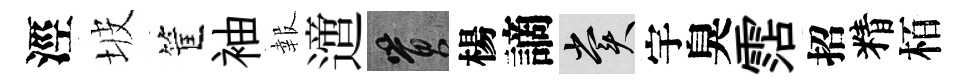
涇坡筐袖報𨗁篔楊謫賞宇臭霑招精栢